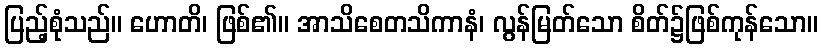
ပြည့်စုံသည်။ ဟောတိ၊ ဖြစ်၏။ အာသိစေတသိကာနံ၊ လွန်မြတ်သော စိတ်၌ဖြစ်ကုန်သော။